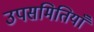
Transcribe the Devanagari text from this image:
उपसमितियाँ